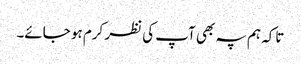
تاکہ ہم پہ بھی آپ کی نظر کرم ہو جائے۔